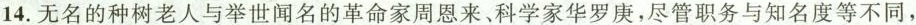
14.无名的种树老人与举世闻名的革命家周恩来、科学家华罗庚，尽管职务与知名度等不同，